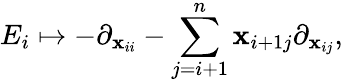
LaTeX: E_{i}\mapsto-\partial_{\mathbf{x}_{ii}}-\sum_{j=i+1}^{n}\mathbf{x}_{i+1j}\partial_{\mathbf{x}_{ij}},